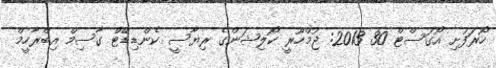
ހޯރަފުށި އޯގަސްޓް 30 2013: ޖުމްހޫރީ ކޯލިޝަންގެ ރިޔާސީ ކެންޑިޑޭޓް ގާސިމް އިބްރާހީމް